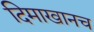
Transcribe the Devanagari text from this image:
दिमाखानच